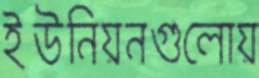
ইউনিয়নগুলোয়